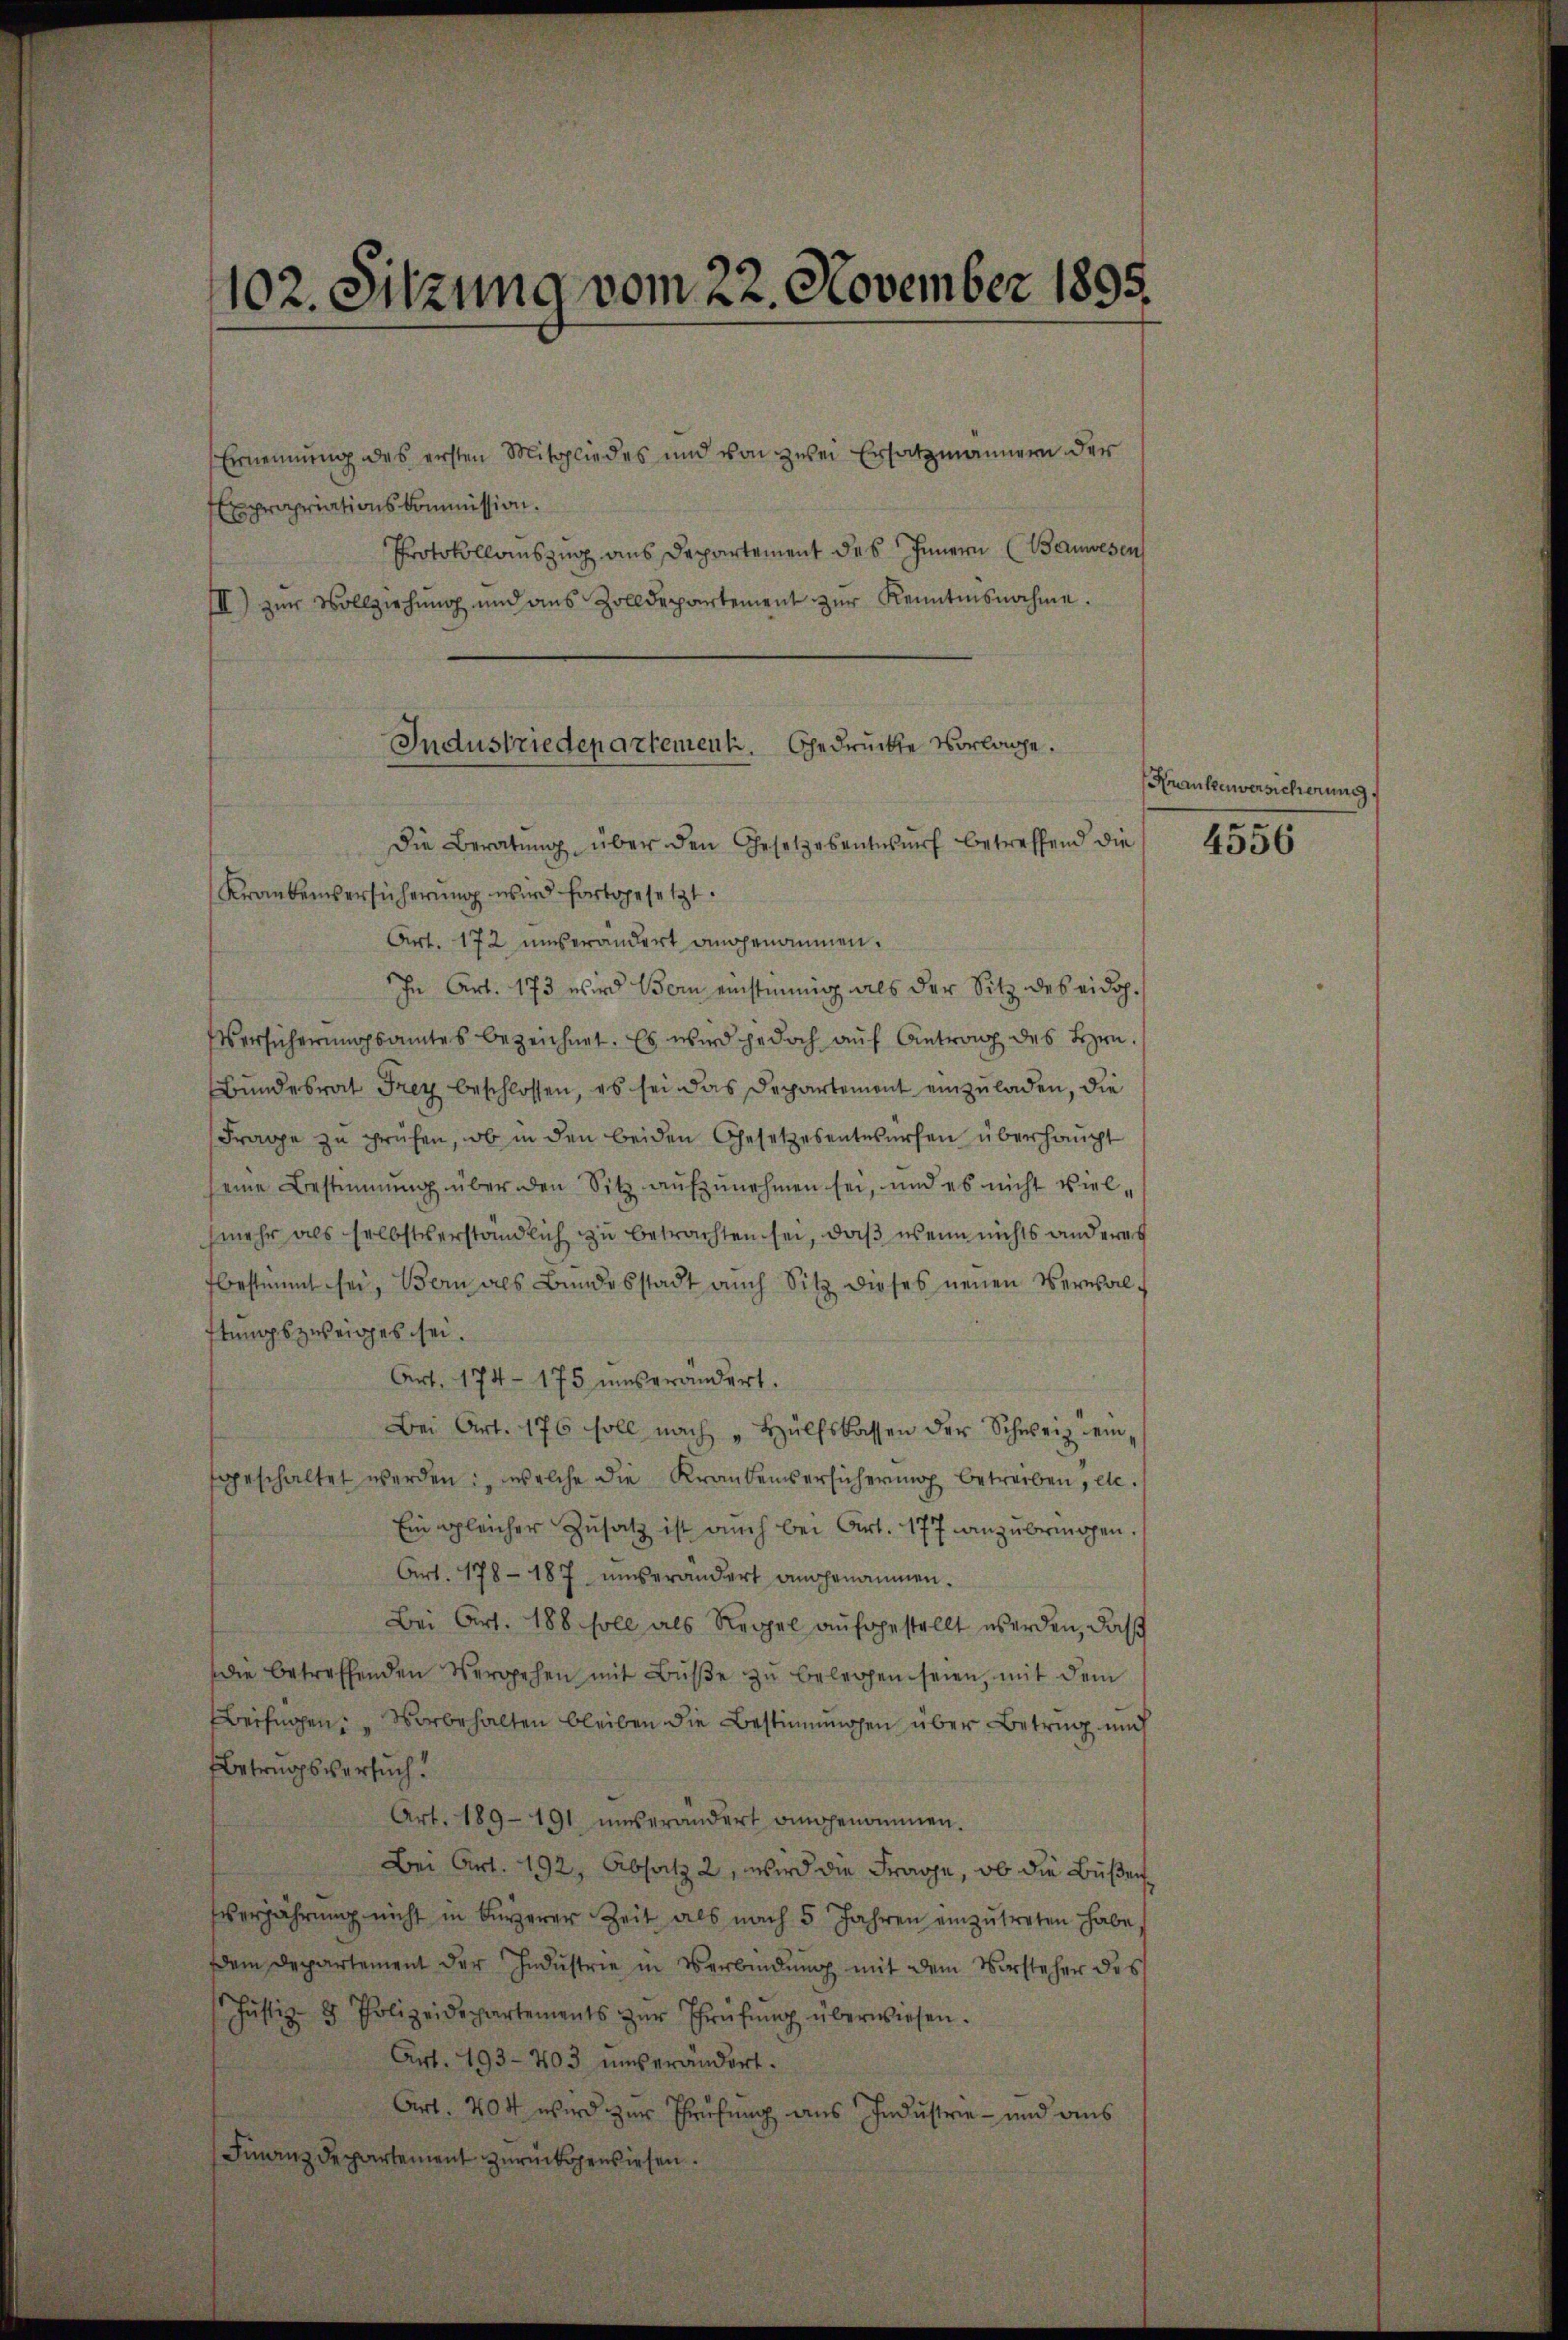
102. Sitzung vom 22. November 1895.

Ernennung des ersten Mitgliedes und von zwei Ersatzmännern der
Expropriations-Commission.
Protokollauszug aus Departement des Innern (Bauwesen
III) zŭr Vollziehŭng und aus Zolldepartement zŭr Kenntnisnahme.

Industriedepartement. Gedrückte Vorlage.

Die Beratŭng über den Gesetzesentwurf betreffend die
Krankenversicherung wird fortgesetzt.
Art. 172 unverändert angenommen.
In Art. 173 wird Bei einstimmig als der Sitz des eidop¬
Versicherungsamtes bezeichnet. Es wird jedoch auf Antrag des Hrn.
Bundesrat Frey beschlossen, es sei das Departement einzuladen, die
Frage zu prüfen, ob in den beiden Gesetzesentwürfen überhaupt
seine Bestimmung über den Sitz aŭfzŭnehmen sei, und es nicht viel-
mehr als selbstverständlich zu betrachten sei, daß wenn nichts anderes
fbestimmt sei, Bern als Bundesstadt auch Sitz dieses neuen Verwalftungszweiges sei.
Art. 174 - 175 unverändert.
Bei Art. 176 soll nach "Hülfskassen der Schweiz eingeschaltet werden: „welche die Krankenversicherung betreiben, etc.
Ein gleicher Zŭsatz ist auch bei Art. 177 anzŭbringen.
Art. 178 - 187 unverändert angenommen.
Bei Art. 188 soll als Regel aufgestellt werden, daß
die betreffenden Vergehen mit Bŭβe zŭ belegen seien, mit dem
Beifügen: " vorbehalten bleiben die Bestimungen über Betrug mich
Betrugsversuch.
Art. 189-191, unverändert angenommen.
Bei Art. 192, Absatz 2, wird die Frage, ob die Bußen
verjährung nicht in bürzerer Zeit als nach 5 Jahren einzŭtreten habe,
Dem Departement der Industrie in Verbindung mit dem Vorsteher des
Justiz- & Polizeidepartements zŭr Prüfŭng überwiesen.
Art. 493 - 403 unverändert.
Art. 404 wird zur Prüfung aus Industrie - und aus
Finanzdepartement zurückgewiesen.

Krankenversicherung

4556